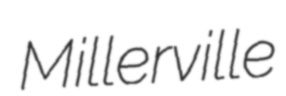
Millerville